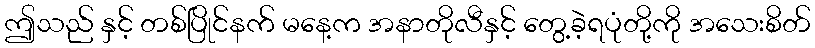
ဤသည် နှင့် တစ်ပြိုင်နက် မနေ့က အနာတိုလီနှင့် တွေ့ခဲ့ရပုံတို့ကို အသေးစိတ်